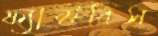
ফ্যাক্টরিস